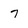
Character: 7